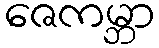
ဇေကမ္ဘာ